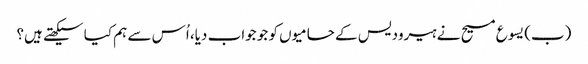
‏ (‏ب)‏ یسوع مسیح نے ہیرودیس کے حامیوں کو جو جواب دیا،‏ اُس سے ہم کیا سیکھتے ہیں؟